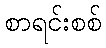
စာရင်းစစ်